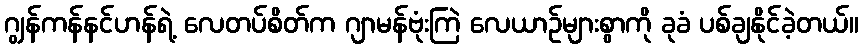
ဂျွန်ကန်နင်ဟန်ရဲ့ လေတပ်စိတ်က ဂျာမန်ဗုံးကြဲ လေယာဉ်များစွာကို ခုခံ ပစ်ချနိုင်ခဲ့တယ်။